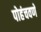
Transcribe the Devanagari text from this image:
पोहंचवणे